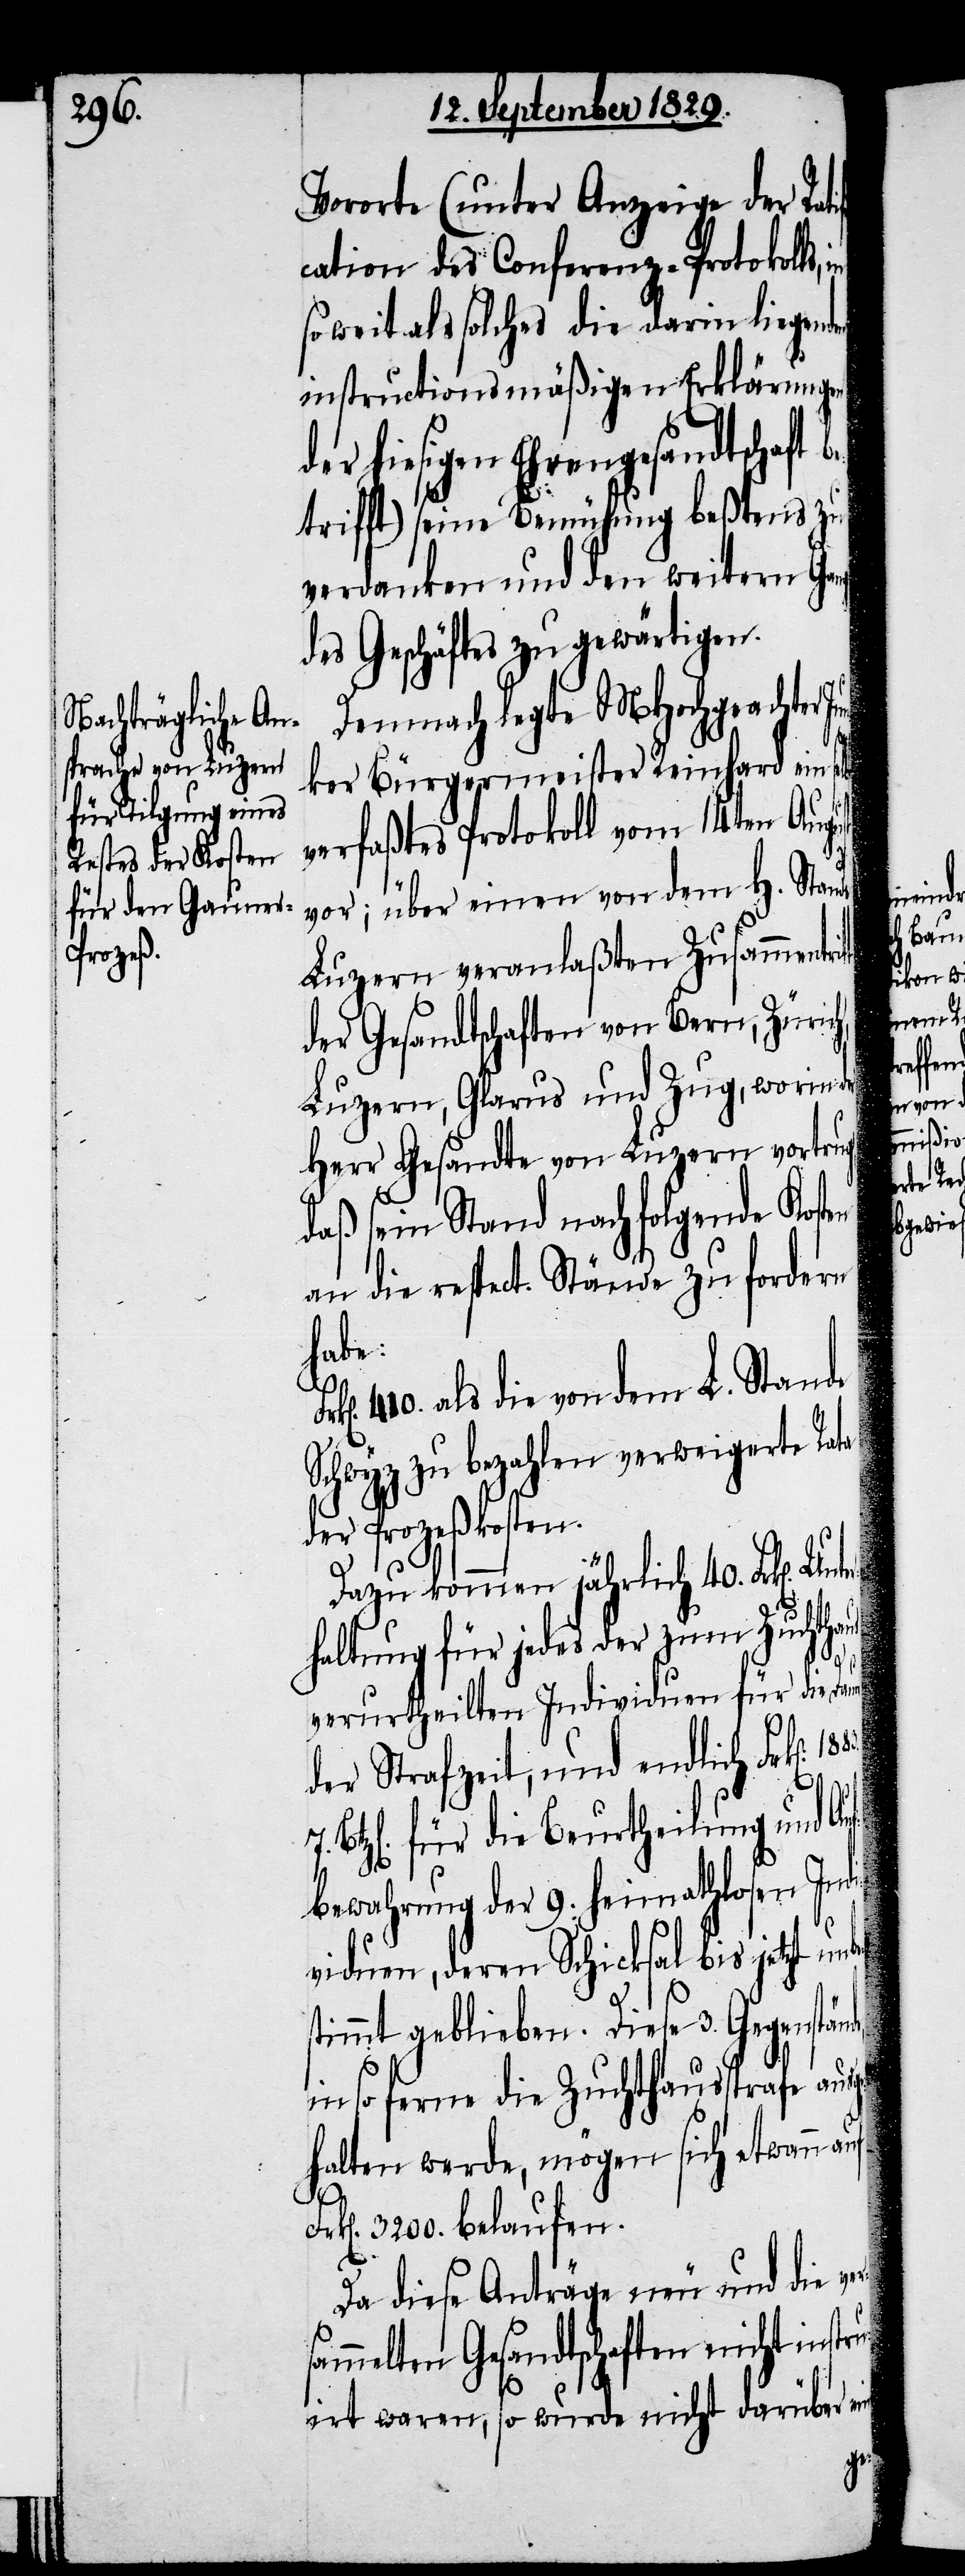
Vororte (unter Anzeige der Rat¬
cation des Conferenz-Protokolls,
so weit als solches die darin liegenden
instructionsmäßigen Erklärungen
der hiesigen Ehrengesandtschaft
trifft) seine Bemühung beßtens zu
verdanken und den weitern Gang
des Geschäftes zu gewärtigen.
Demnach legte MHochgeachter Ju¬
nker Bürgermeister Reinhard ein
verfaßtes Protokoll vom 14ten Aug¬
vor; über einen von dem H. Stande
Luzern veranlaßten Zusammentri¬
der Gesandtschaften von Bern, Züric¬
Luzern, Glarus und Zug, worin der
Herr Gesandte von Luzern vortrug,
daß sein Stand nachfolgende Kosten
an die respect. Stände zu fordern
habe:
410. als die von dem L. Stande
Schwyz zu bezahlen verweigerte Rata
der Prozeßkosten.
Dazu kommen jährlich 40. Frk[en].
haltung für jedes der zum Zuchthaus
verurtheilten Individuen für die Dauer
rs¬
der Strafzeit, und endlich Frk[en].
z[en]. für die Beurtheilung und Auf¬
bewahrung der 9. heimathlosen Indi¬
viduen, deren Schicksal bis jetzt unbes¬
timmt geblieben. Diese 3. Gegenstä¬
in so ferne die Zuchthausstrafe ausge¬
halten werde, mögen sich etwann auf
F¬
rk[en]. 3200. belaufen.
Da diese Anträge neu und die ve¬
ammelten Gesandtschaften nicht inst¬
ruirt waren, so wurde nicht darüber ein-

nde,